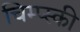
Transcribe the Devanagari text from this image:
चिम्प्स्की